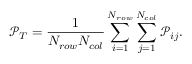
\mathcal { P } _ { T } = \frac { 1 } { N _ { r o w } N _ { c o l } } \sum _ { i = 1 } ^ { N _ { r o w } } \sum _ { j = 1 } ^ { N _ { c o l } } \mathcal { P } _ { i j } .